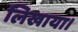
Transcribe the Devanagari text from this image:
लिखाया।